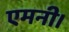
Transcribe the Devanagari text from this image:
एमनी।